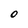
Character: O